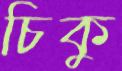
চিকু